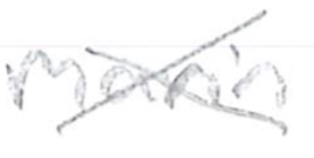
Text: marine
Cross-out: cross
Writing tool: pencil